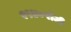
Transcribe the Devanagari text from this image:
१९४०रोजी